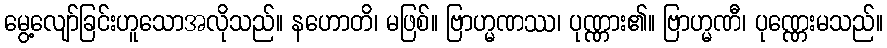
မွေ့လျော်ခြင်းဟူသောအလိုသည်။ နဟောတိ၊ မဖြစ်။ ဗြာဟ္မဏဿ၊ ပုဏ္ဏား၏။ ဗြာဟ္မဏီ၊ ပုဏ္ဏေးမသည်။